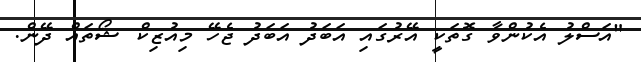
"އަސްލު އެކުންވާ ގޮތަކީ އޭރުގައި އަބަދު އަބަދު ޖެހޭ މިއުޒިކް ޝޯތައް ދޭން.